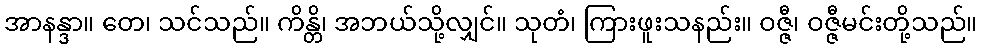
အာနန္ဒာ။ တေ၊ သင်သည်။ ကိန္တိ၊ အဘယ်သို့လျှင်။ သုတံ၊ ကြားဖူးသနည်း။ ဝဇ္ဇီ၊ ဝဇ္ဇီမင်းတို့သည်။